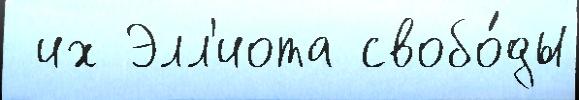
 их Элл'иота свобо́ды